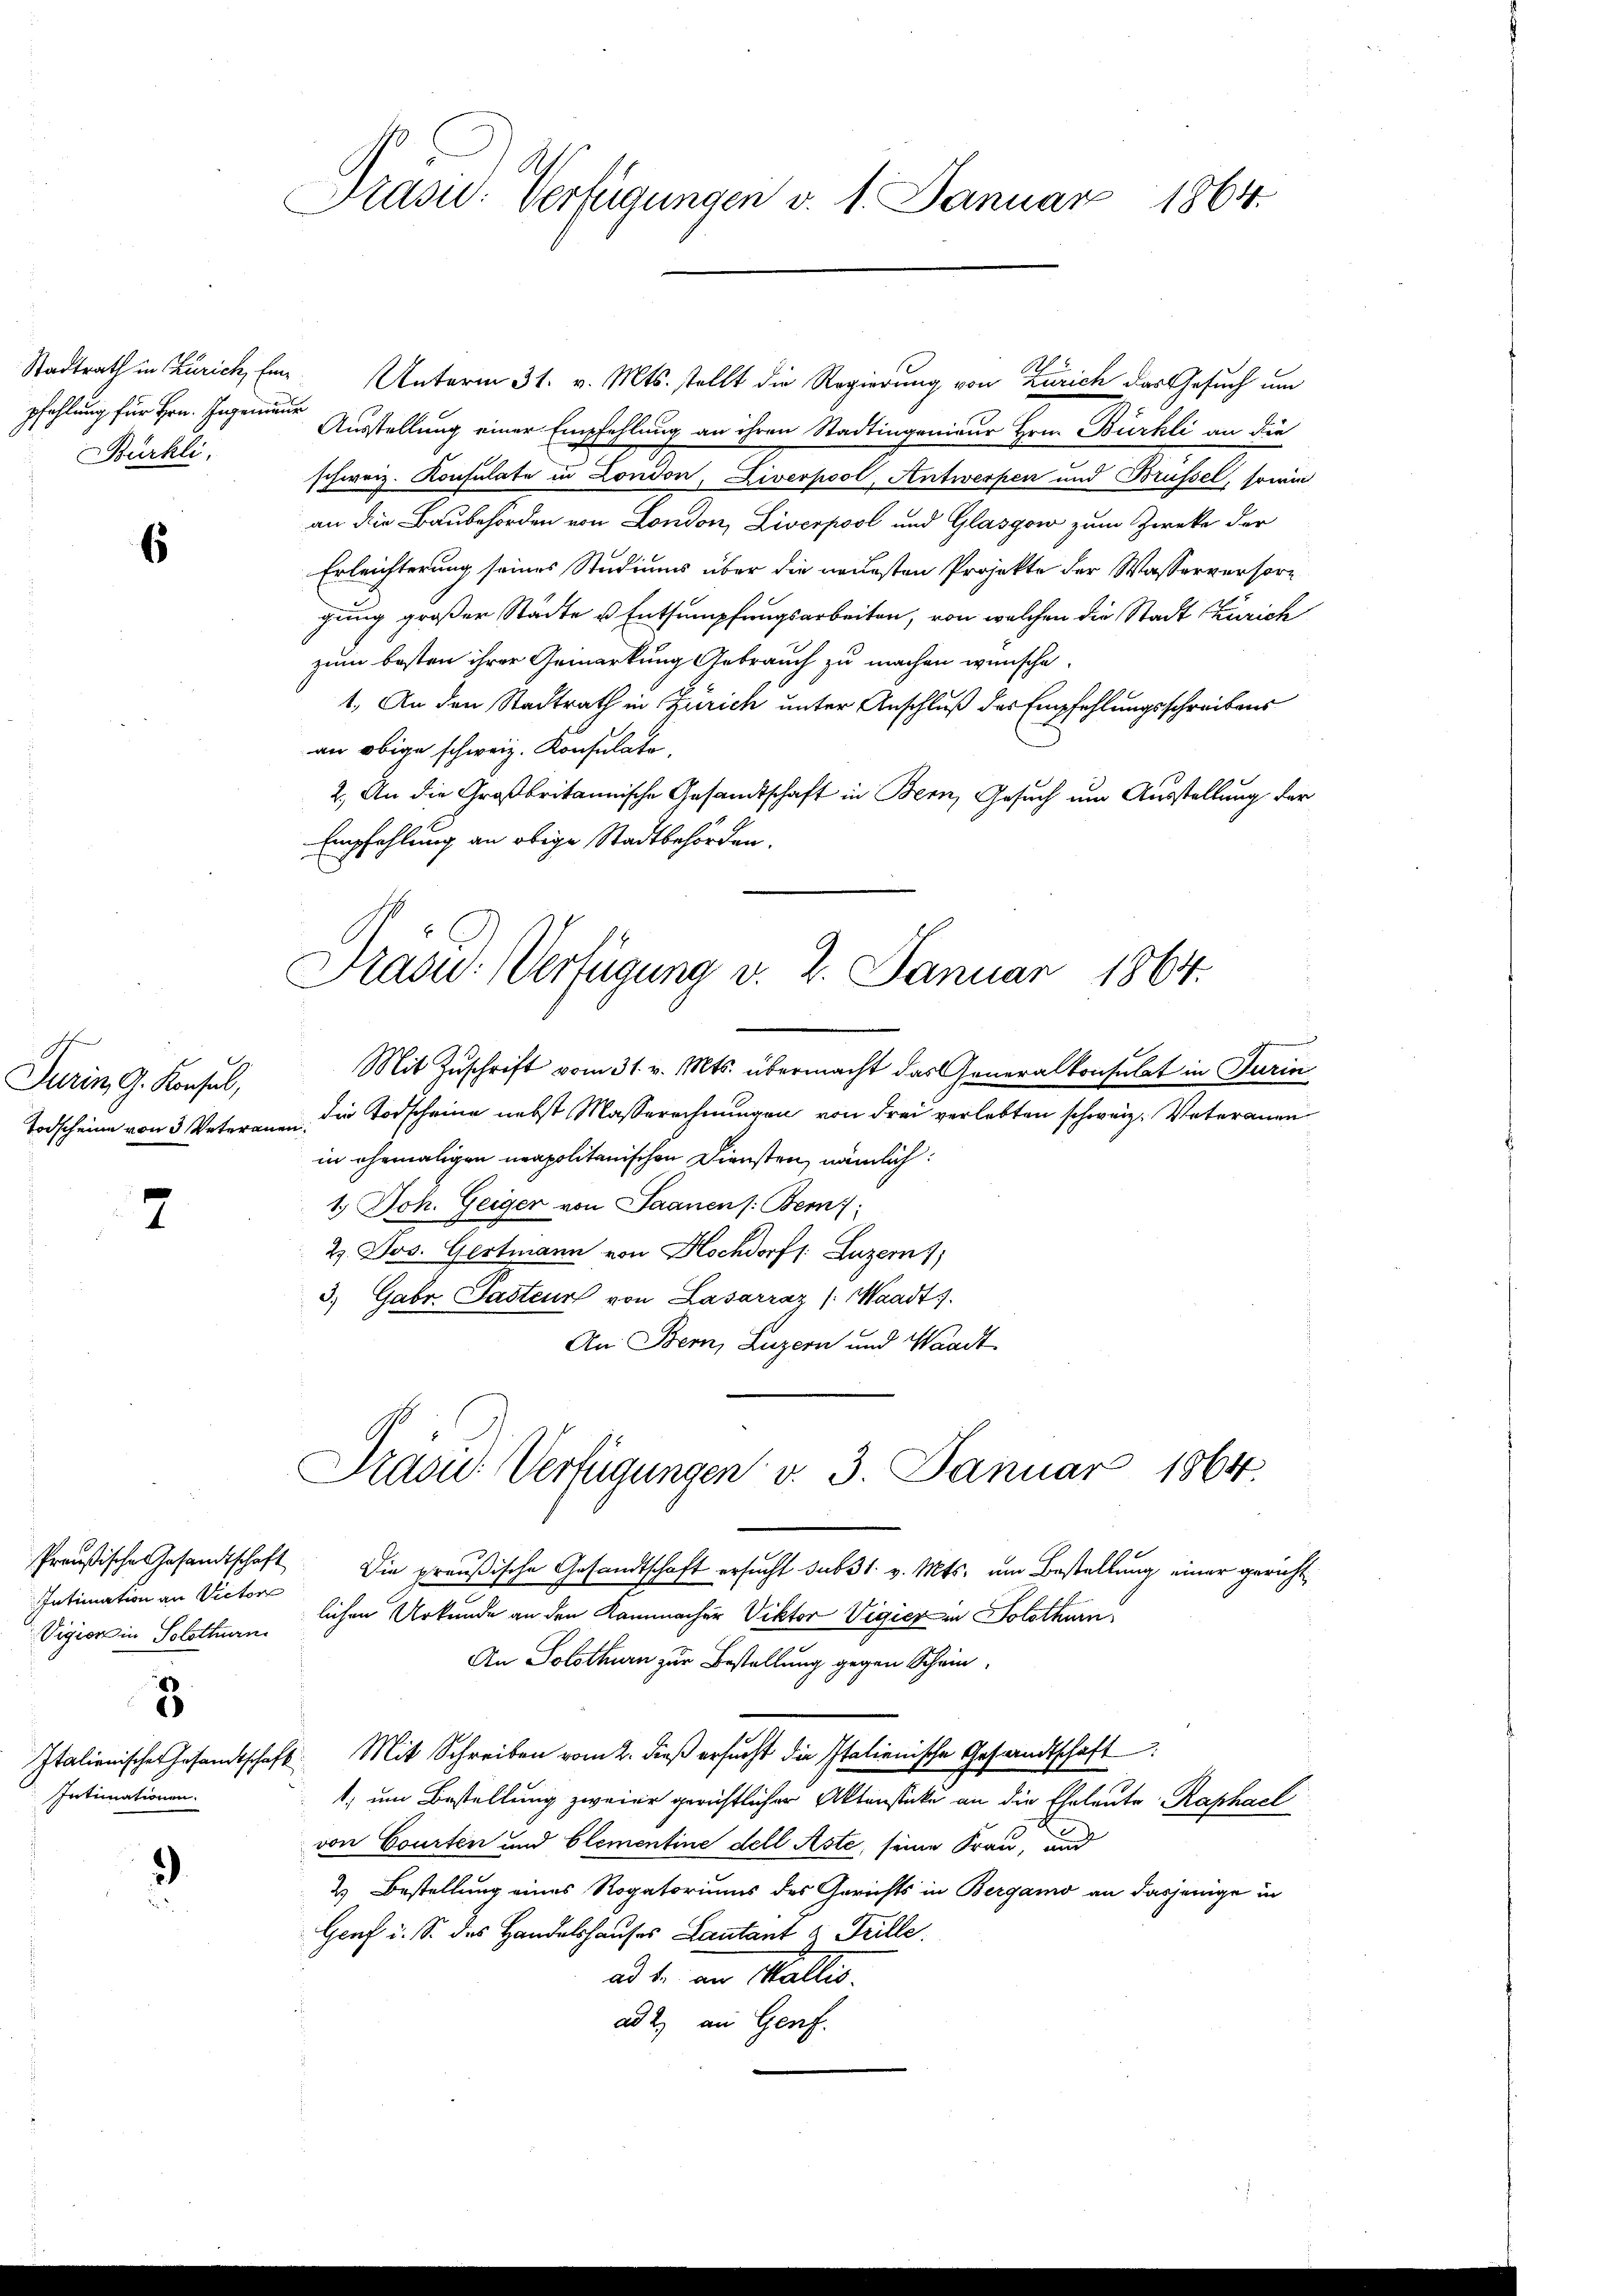
pfehlung für Hrn. Ingenieur
Bürkli,

6

Turin, G. Konsul,

7

Intimationen.

Stadtrath in Zürich, Ein Unterm 31. v. Mts. stellt die Regierung von Zürich das Gesuch um
Ausstellung einer Empfehlung an ihren Stadtingenieur Hrn. Bürkli an die
schweiz. Konsulate in London, Liverpool, Antwerpen und Brüssel, sowie
an die Baubehörden von London, Liverpool und Glasgow zum Zwecke der
Erleichterung seines Studiums über die neuesten Projekte der Wasserversorgung großer Städte u. Entsumpfungsarbeiten, von welchen die Stadt Zürich
zum besten ihrer Gemarkung Gebrauch zu machen wünsche.
1. An den Stadtrath in Zürich unter Anschluß des Empfehlungsschreibens
an obige schweiz. Konsulate.
2.) An die Großbritannische Gesandtschaft in Bern, Gesuch um Ausstellung der
Empfehlung an obige Stadtbehörden.
Mit Zuschrift vom 31. v. Mts. übermacht das Generalkonsulat in Turin
Todscheine von 3 Veterauen, die Vorscheine nebst Masserechnungen von drei verlebten schweiz. Veteramen
in ehemaligen neapolitanischen Diensten, nämlich:
1.) Joh. Geigen von Saanen /: Bem
2. Jos. Gertmann von Hochdorf /: Luzern
3.) Gabr. Pasteur von Lasarraz (Waadt.
An Bern, Luzern und Waadt.
Präsid. Verfügungen v. 3. Januar 1864.
Preußische Gesandtschaft. Die preußische Gesandtschaft ersucht sub 31. v. Mts. um Bestellung einer gericht¬
Intimation an Victore
lichen Urkunde an den Kommacher Viktor Vigicz in Solothurn,
Vigion in Solothurn
An Solothurn zur Bestellung gegen Schein¬
3
Italienischer Gesandtschaft. Mit Schreiben vom 2. dieß ersucht die Italienische Gesandtschaft
, um Bestellung zweier gerichtlicher Aktenstücke an die Eheleute Raphael
von Courten und Clementine dell Aste, seine Frau, und
3
2) Bestellung eines Rogatoriums des Gerichts in Bergamo an dasjenige in
Genf i. S. des Handelshauses Lantant & Grille.
ad 1. an Maller.
ad 2., an Genf.

Prasi: Verfügungen v. 1. Januar 1864.

Präsid. Verfügung v. 2. Januar 1864.